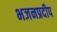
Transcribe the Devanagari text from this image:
भजनप्रदीप